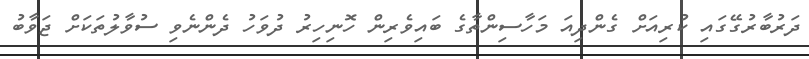
ދަރުބާރުގޭގައި ކުރިއަށް ގެންދިއަ މަހާސިންތާގެ ބައިވެރިން ހޮނިހިރު ދުވަހު ދެންނެވި ސުވާލުތަކަށް ޖަވާބު